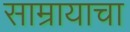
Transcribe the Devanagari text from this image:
साम्रायाचा